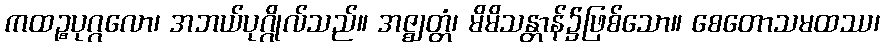
ကထဉ္စပုဂ္ဂလော၊ အဘယ်ပုဂ္ဂိုလ်သည်။ အဇ္ဈတ္တံ၊ မိမိသန္တာန်၌ဖြစ်သော။ စေတောသမထဿ၊